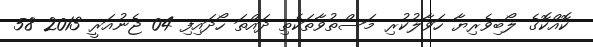
ކޮއްކޮގެ ލޯބިވެރިޔާ ހަވާލުކުރި މަސްތުވާތަކެތި ދައްތަ ހޯދައިފި 04 ޖެނުއަރީ 2013 58